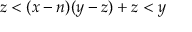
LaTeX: z < ( x - n ) ( y - z ) + z < y